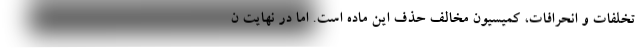
تخلفات و انحرافات، کمیسیون مخالف حذف این ماده است. اما در نهایت ن